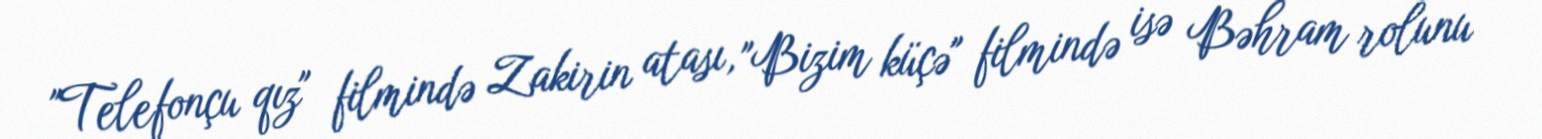
"Telefonçu qız" filmində Zakirin atası, "Bizim küçə" filmində isə Bəhram rolunu